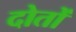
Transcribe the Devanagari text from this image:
दोतों